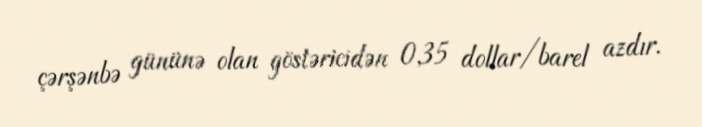
çərşənbə gününə olan göstəricidən 0,35 dollar/barel azdır.